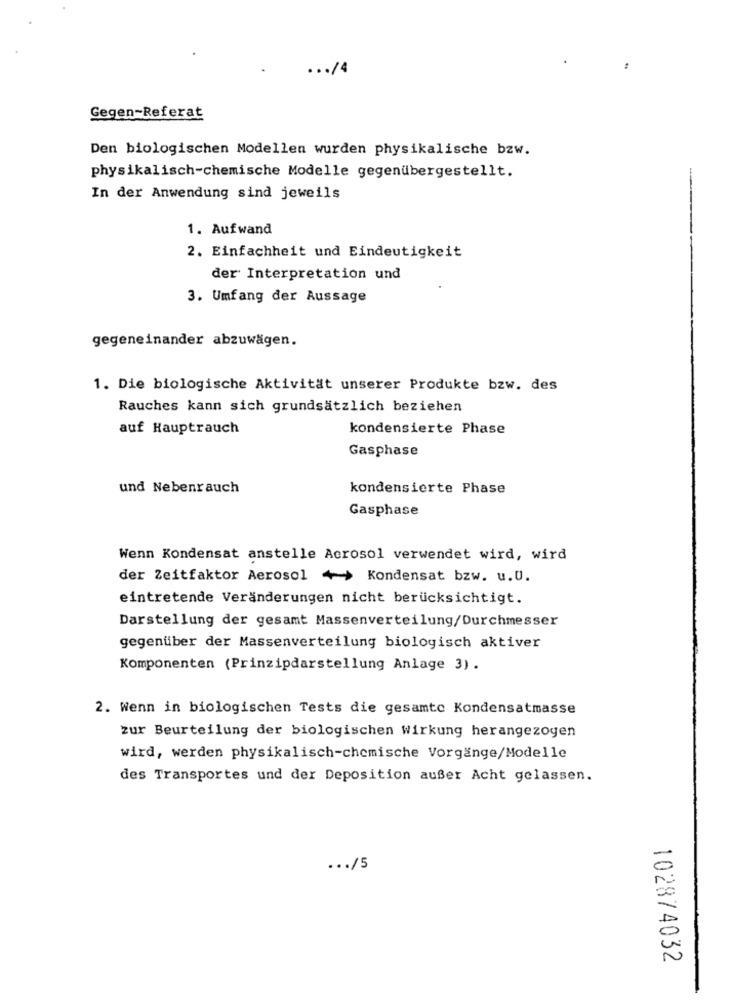
14
Gegen-Referat
Den biologischen Modellen wurden physikalische bzw.
physikalisch-chemische Modelle gegenübergestellt.
In der Anwendung sind jeweils
1. Aufwand
2. Einfachheit und Eindeutigkeit
der Interpretation und
3. Umfang der Aussage
gegeneinander abzuwägen.
1. Die biologische Aktivität unserer Produkte bzw. des
Rauches kann sich grundsätzlich beziehen
auf Hauptrauch
kondensierte Phase
Gasphase
und Nebenrauch
kondensierte Phase
Gasphase
Wenn Kondensat anstelle Acrosol verwendet wird, wird
der Zeitfaktor Aerosol +> Kondensat bzw. u.U.
eintretende Veränderungen nicht berücksichtigt.
Darstellung der gesamt Massenverteilung/Durchmesser
gegenüber der Massenverteilung biologisch aktiver
Komponenten (Prinzipdarstellung Anlage 3) .
2. Wenn in biologischen Tests die gesamte Kondensatmasse
zur Beurteilung der biologischen Wirkung herangezogen
wird, werden physikalisch-chemische Vorgänge/Modelle
des Transportes und der Deposition außer Acht gelassen.
... /5
102874032